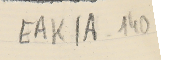
EAK1A-140